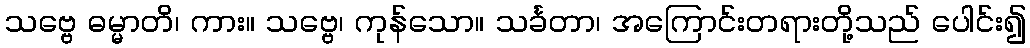
သဗ္ဗေ ဓမ္မာတိ၊ ကား။ သဗ္ဗေ၊ ကုန်သော။ သင်္ခတာ၊ အကြောင်းတရားတို့သည် ပေါင်း၍